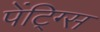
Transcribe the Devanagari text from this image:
पेंटि्ग्स